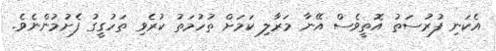
އެކަނި ފުރުސަތު އޮތީވެސް އޭނާ މަރާލި ކަމަށް ތުހުމަތު ކުރެވި ތަހުގީގު ފެށުމުންނެވެ.